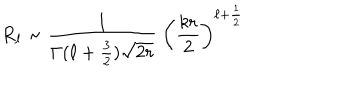
LaTeX: R _ { \ell } \sim { \frac { 1 } { \Gamma ( \ell + { \frac { 3 } { 2 } } ) \sqrt { 2 r } } } \; \left( { \frac { k r } { 2 } } \right) ^ { \ell + { \frac { 1 } { 2 } } }